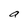
Character: a